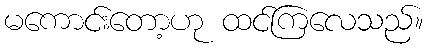
မကောင်းတော့ဟု ထင်ကြလေသည်။